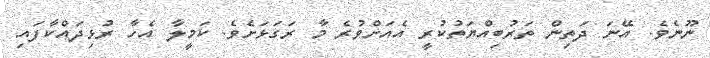
ނޫނެވެ. އޭނަ ދަތިން ތަރުބިއްޔަތުކުރީ އެއަށްވުރެ މާ ރަގަޅަށެވެ. ކަމީލާ އެހާ ރުޅިދައްކާފައި